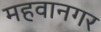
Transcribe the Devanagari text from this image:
महवानगर